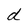
Character: d